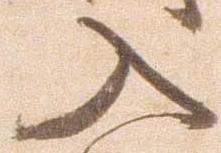
入